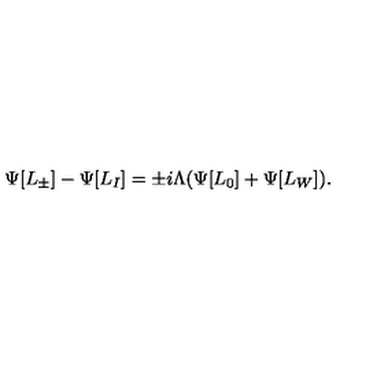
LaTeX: \Psi [ L _ { \pm } ] - \Psi [ L _ { I } ] = \pm i \Lambda ( \Psi [ L _ { 0 } ] + \Psi [ L _ { W } ] ) .